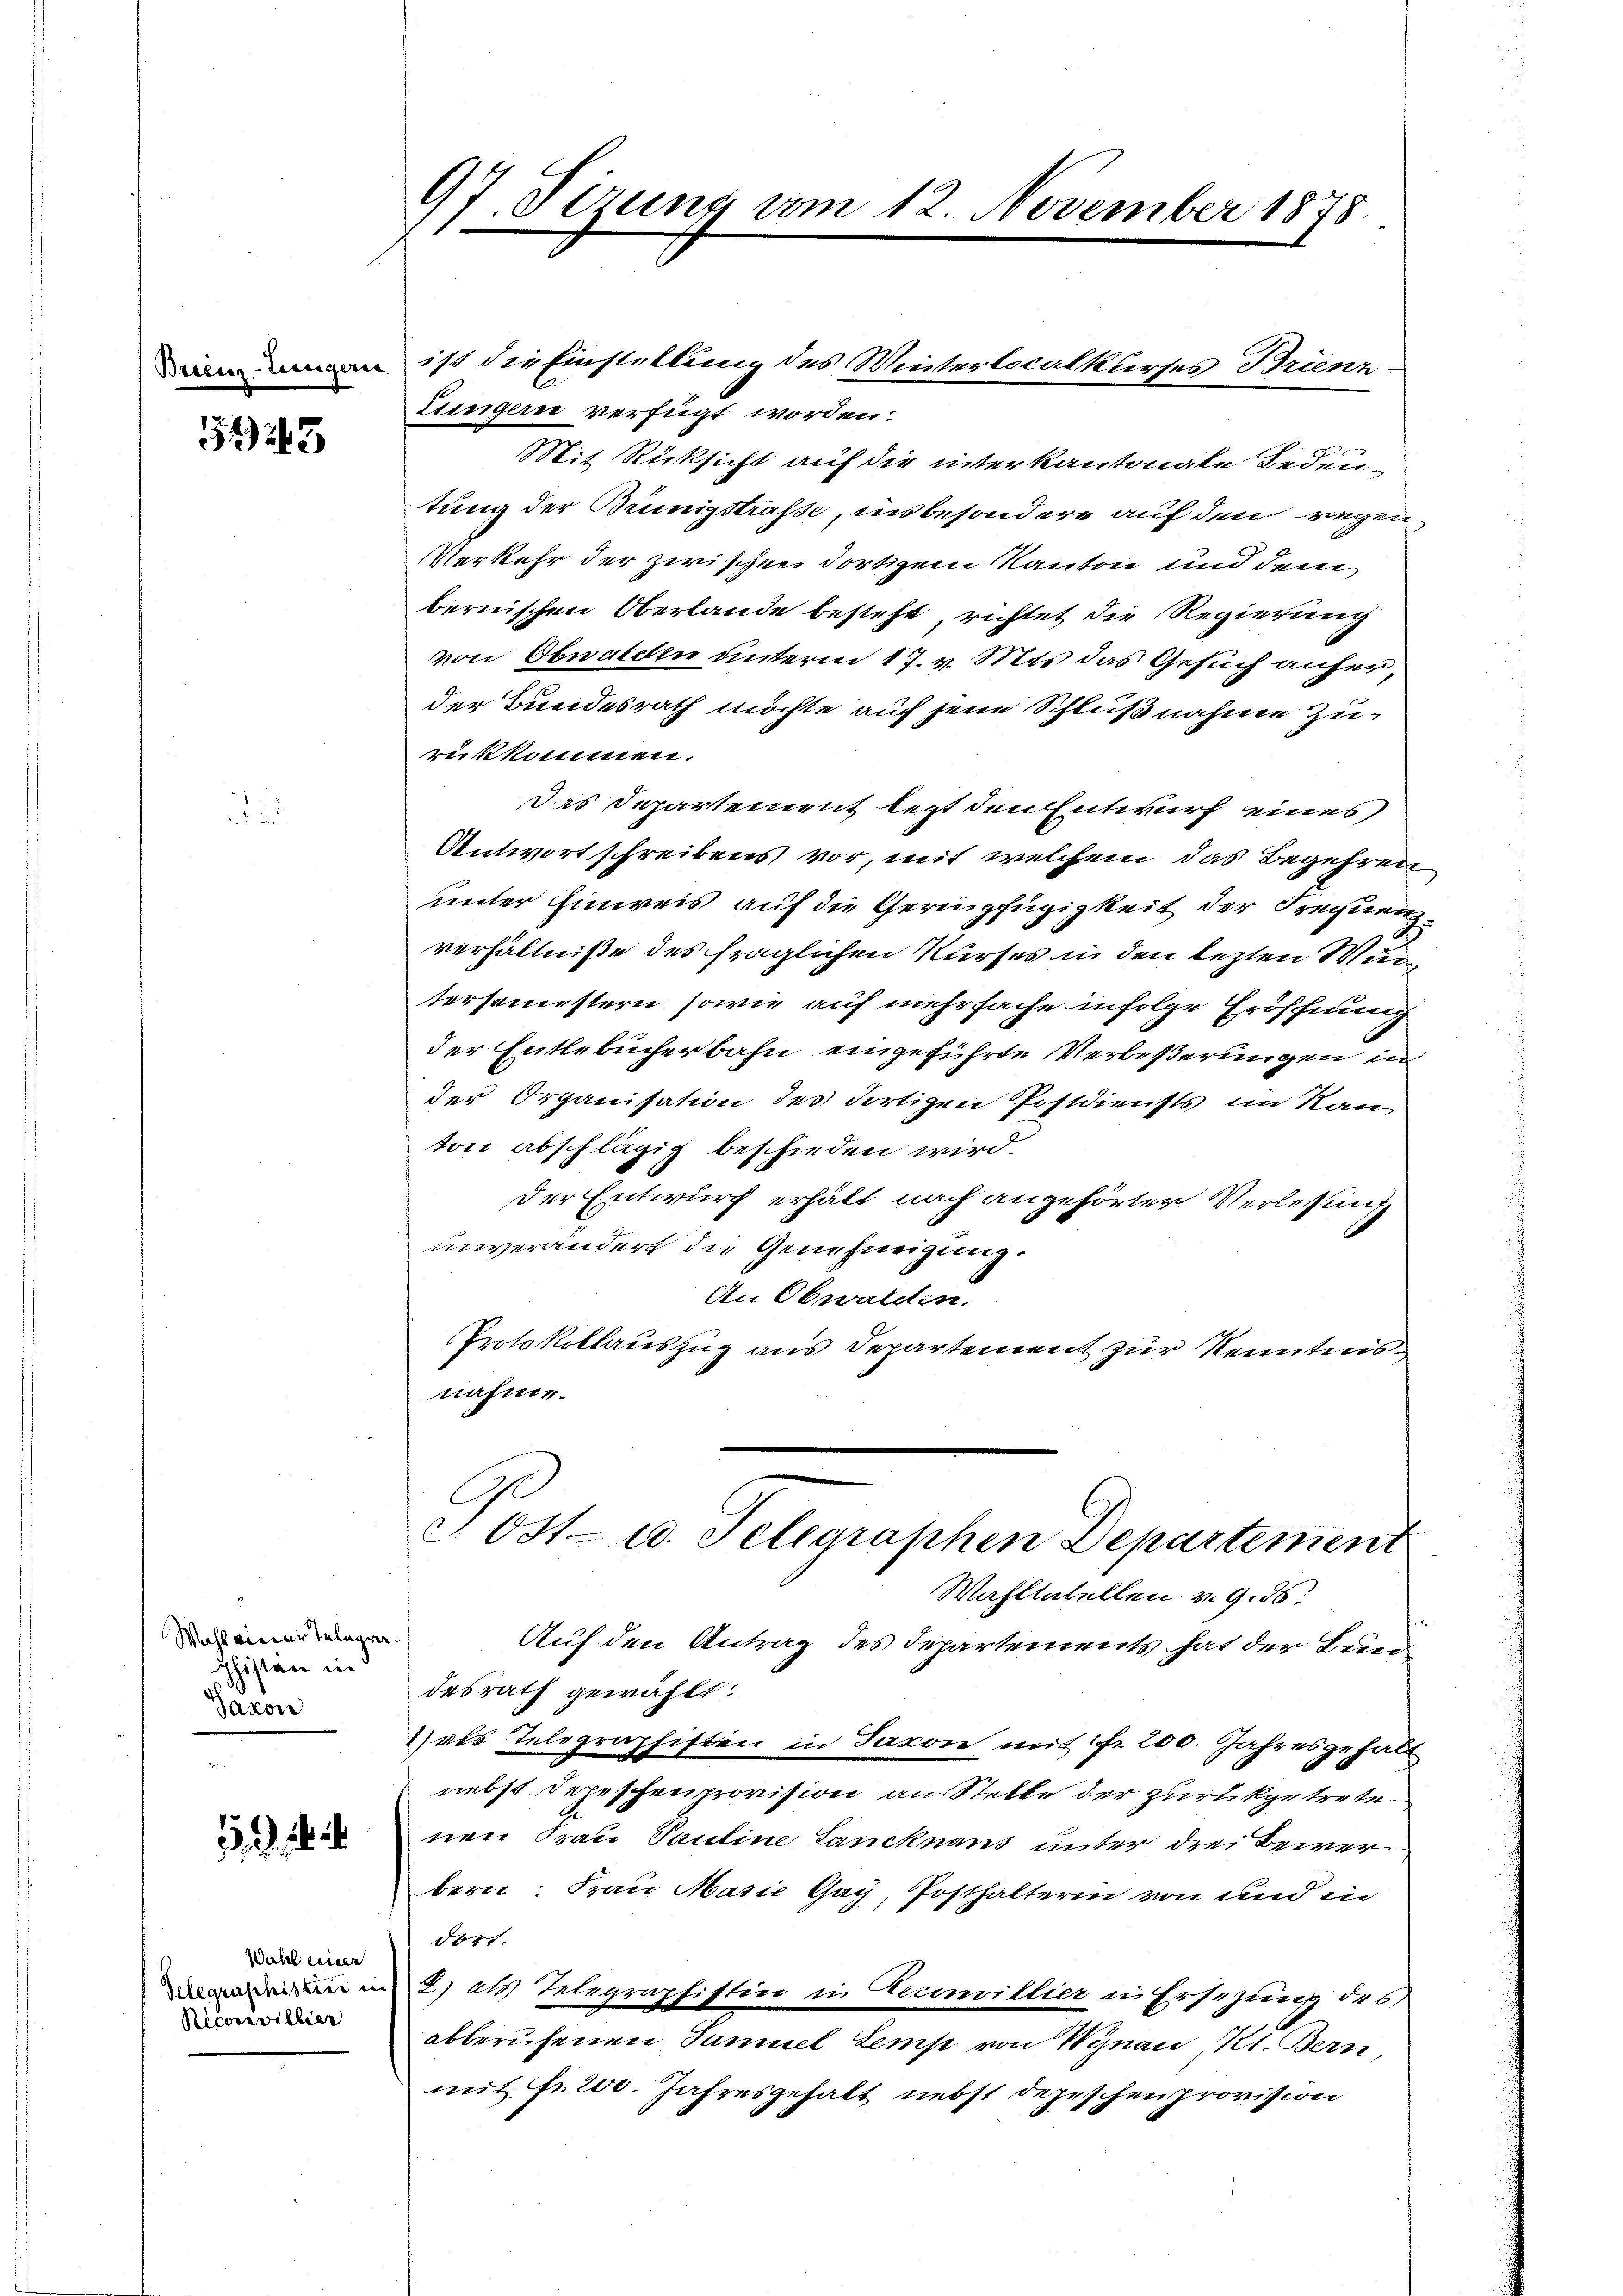
Breenz-Turgerin

54) 245

Wahl einer Telegra
Chisten in
Saxon

44

Wahl einer
Telegraphistice in
Recoravillier

97 derung vom 12. November 1878.

Lungern verfügt worden.
Mit Rücksicht auf die interkantonale Bedeu-
tung der Brünigstraße, insbesondere auf den regen
Verkehr der zwischen dortigem Kanton und dem
bernischen Oberlande besteht richtet die Regierung
von Obwalden unterm 17. v. Mts. das Gesuch anfer
der Bundesrath möchte auf jene Schlußnahme Zu-
rükkommen.
Das Departement legt den Entwurf eines
Antwort schreibens vor, mit welchem das Begehren
unter Einweis auf die Geringfügigkeit der Freynen
verhältniße des fraglichen Kurses in den lezten Wurtersemestern sowie auf mehrfache infolge Eröffnung
der Entlebucherbahn eingeführte Verbeßerungen in
der Organisation des dortigen Postdiensts im Ran
ton abschlägig beschieden wird.
Der Entwurf erhält nach angehörter Verlesung
unverändert die Genehmigung.
An Obwaldin.
Protokollauszug aus Departement zur Kenntnisnähme.
 Ost- u. Telegraphen Departement
Wahltatellen v. 9. 56:
Auf den Antrag des Departements hat der Bun
desrath gewählt:
1) als Telegraphisten in Jacon mit Fr. 200. Jahresgehalt
nebst Depeschenprovision an Stelle der zurückgetrete
nen Frau Pauline Lancknaus unter drei Bewerbern Frau Marie Gay, Posthalterin von und in
dort.
2.) als Telegraphistini in Decinvillier in Ersezung des
abberufenen Samuel Lemp von Wynau, Kt. Bern,
mit fr. 200. Jahresgehalt nebst depeschen provision

ist die Einstellung des Winterlocalkurses Brienz